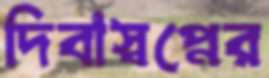
দিবাস্বপ্নের